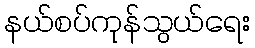
နယ်စပ်ကုန်သွယ်ရေး